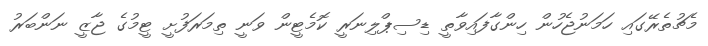
މެޗުތެރޭގައި ހަމަނުޖެހުން ހިންގާފައިވާތީ ޑިސިޕްލިނަރީ ކޮމެޓީން ވަނީ ތިމަރަފުށީ ޓީމުގެ ޖާޒީ ނަންބަރު